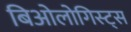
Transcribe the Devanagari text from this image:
बिओलोगिस्ट्स